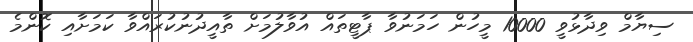
ސިޔާމް ވިދާޅުވީ 10000 މީހުން ހަމަނުވާ ޕާޓީތައް އުވާލުމަށް ތާއީދުނުކުރައްވާ ކަމަށާއި ކޮންމެ